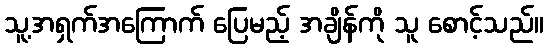
သူ့အရှက်အကြောက် ပြေမည့် အချိန်ကို သူ စောင့်သည်။